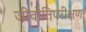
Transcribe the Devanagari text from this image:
जीवोतिपरीक्षण